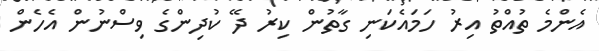
އެންމެ ތުއްތު އިރު ހަމައެކަނި ގާތުން ކިރު ދޭ ކުދިންގެ ވިސްނުން އެހެން